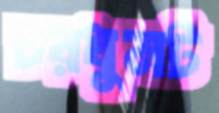
চরধুনট